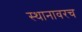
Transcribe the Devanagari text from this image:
स्थानावरच